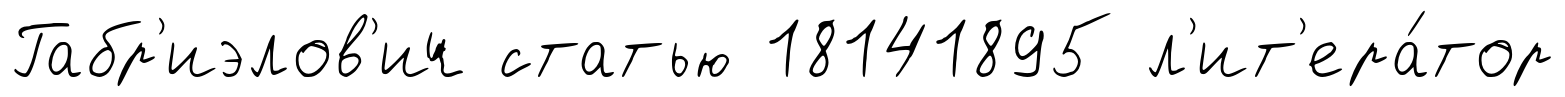
Габр'иэлов'ич статью 18141895 л'ит'ера́тор